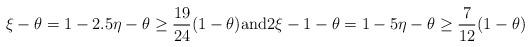
LaTeX: \begin{align*}\xi-\theta = 1-2.5\eta-\theta \ge \frac{19}{24} (1-\theta) \textrm{and} 2\xi-1-\theta = 1-5\eta-\theta \ge \frac{7}{12} (1-\theta)\end{align*}